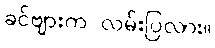
ခင်ဗျားက လမ်းပြလား။